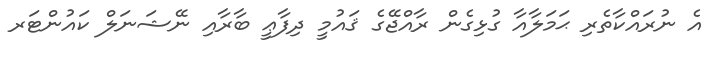
އެ ނުރައްކާތެރި ޙަމަލާއާ ގުޅިގެން ރާއްޖޭގެ ޤައުމީ ދިފާޢީ ބާރާއި ނޭޝަނަލް ކައުންޓަރ